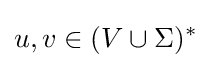
u,v\in (V\cup \Sigma )^{*}